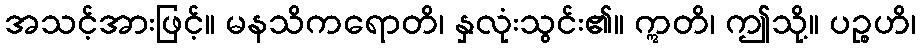
အသင့်အားဖြင့်။ မနသိကရောတိ၊ နှလုံးသွင်း၏။ ဣတိ၊ ဤသို့။ ပဉ္စဟိ၊